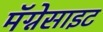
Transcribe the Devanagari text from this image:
मॅग्नेसाइट